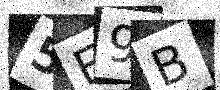
Text: 5E9B